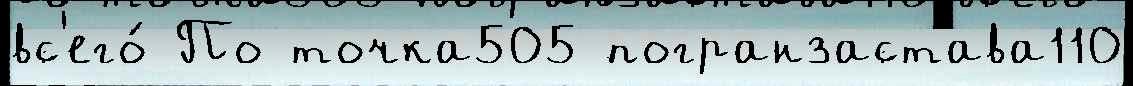
вс'его́ По точка505 погранзастава110